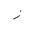
Letter: _zay